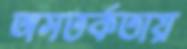
অসতর্কতায়